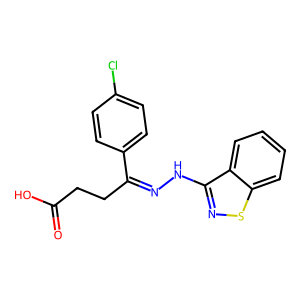
SMILES: O=C(O)CCC(=NNc1nsc2ccccc12)c1ccc(Cl)cc1
Inhibits HIV replication: No